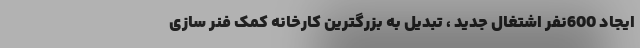
ایجاد 600نفر اشتغال جدید ، تبدیل به بزرگترین کارخانه کمک فنر سازی